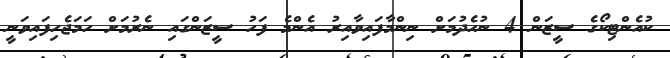
ކުއެންޓިކޯގެ ސީޒަން 4 ނުހެދުމަށް ނިންމާފައިވާއިރު އެންމެ ފަހު ސީޒަންގައި ނެރުމަށް ހަމަޖެހިފައިވަނީ